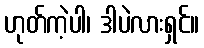
ဟုတ်ကဲ့ပါ၊ ဒါပဲလားရှင်။